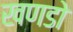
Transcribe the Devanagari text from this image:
खणडो